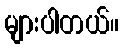
များပါတယ်။